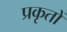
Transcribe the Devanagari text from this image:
प्रकृतों